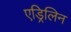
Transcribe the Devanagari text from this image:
एड्रिलिन